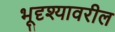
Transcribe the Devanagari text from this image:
भूदृश्यावरील